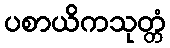
ပစာယိကသုတ္တံ